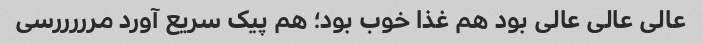
عالی عالی عالی بود هم غذا خوب بود؛ هم پیک سریع آورد مرررررسی